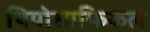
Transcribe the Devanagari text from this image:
थियोसाफिकल